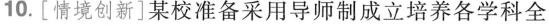
10.[情境创新]某校准备采用导师制成立培养各学科全